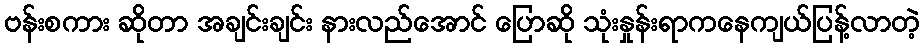
ဗန်းစကား ဆိုတာ အချင်းချင်း နားလည်အောင် ပြောဆို သုံးနှုန်းရာကနေကျယ်ပြန့်လာတဲ့